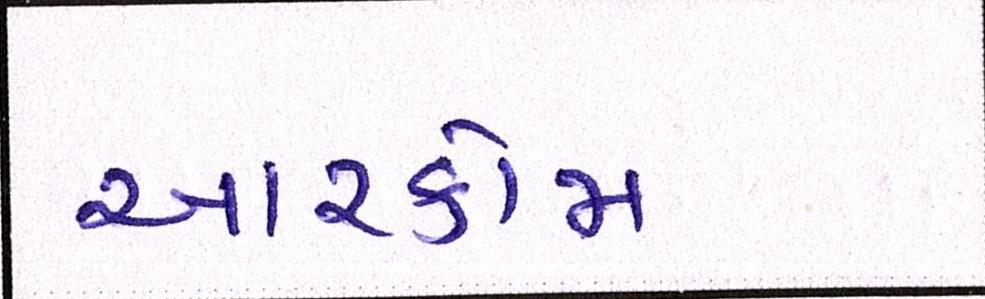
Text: આરકોમ